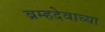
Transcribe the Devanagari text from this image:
ब्रम्हदेवाच्या